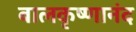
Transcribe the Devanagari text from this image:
बालकृष्णानंद